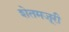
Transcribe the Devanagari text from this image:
शेतमजूरी